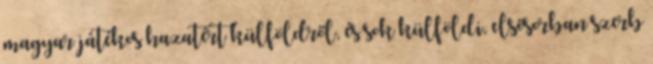
magyar játékos hazatért külföldről, és sok külföldi, elsősorban szerb